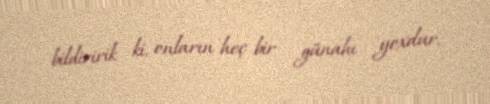
bildiririk ki, onların heç bir günahı yoxdur.